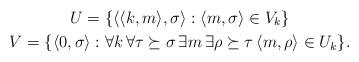
LaTeX: \begin{gather*}U = \{ \langle \langle k,m \rangle, \sigma \rangle : \langle m,\sigma \rangle \in V_k \} \\V = \{ \langle 0,\sigma \rangle : \forall k \, \forall \tau \succeq \sigma \, \exists m \, \exists \rho \succeq \tau \, \langle m,\rho \rangle \in U_k \}.\end{gather*}